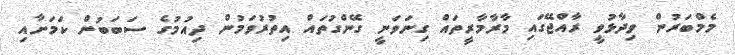
މެމްބަރުން ވިދާޅުވީ ރާއްޖޭގައި މާރާމާރީތައް ގިނަވަނީ ގޭންގުތައް އިތުރުވަމުން ދިއުމުގެ ސަބަބުން ކަމަށާއި